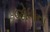
જોધાના